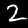
Label: 2